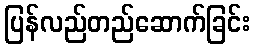
ပြန်လည်တည်ဆောက်ခြင်း